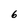
Character: 6